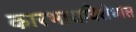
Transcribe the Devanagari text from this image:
कारभाराविरोधात